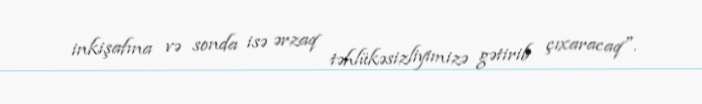
inkişafına və sonda isə ərzaq təhlükəsizliyimizə gətirib çıxaracaq".